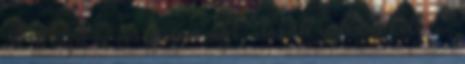
A design es ecosystem regi, elavult valtani kell. 2.